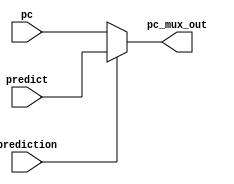
module mux_predict (input [31:0] pc, predict,
                    input prediction,
                    output [31:0] pc_mux_out);
assign pc_mux_out= (prediction==1'b1)? predict:pc;
endmodule